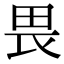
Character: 畏